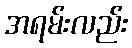
အရမ်းလည်း